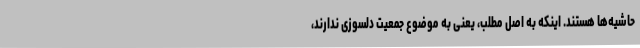
حاشیه‌ها هستند. اینکه به اصل مطلب، یعنی به موضوع جمعیت دلسوزی ندارند،